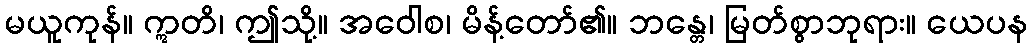
မယူကုန်။ ဣတိ၊ ဤသို့။ အဝေါစ၊ မိန့်တော်၏။ ဘန္တေ၊ မြတ်စွာဘုရား။ ယေပန